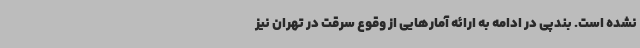
نشده است. بندپی در ادامه به ارائه آمارهایی از وقوع سرقت در تهران نیز